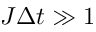
J \Delta t \gg 1